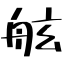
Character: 舷